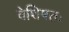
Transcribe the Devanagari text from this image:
वेशिषतः